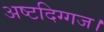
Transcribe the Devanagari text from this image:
अष्टदिग्गज।